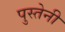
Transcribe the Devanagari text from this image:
पुस्‍तेनी